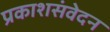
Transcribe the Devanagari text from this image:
प्रकाशसंवेदन